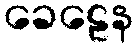
ခေဠေန